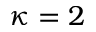
\kappa = 2